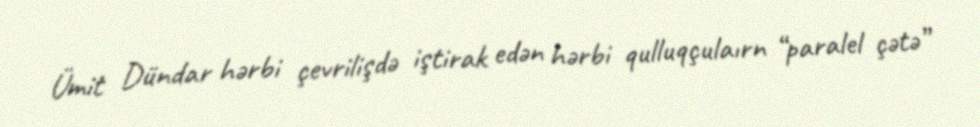
Ümit Dündar hərbi çevrilişdə iştirak edən hərbi qulluqçulaırn “paralel çətə”